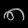
Digit: ၈